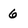
Character: 6